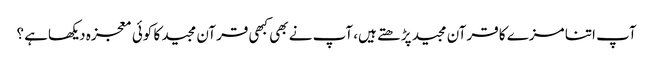
آپ اتنا مزے کا قرآن مجید پڑھتے ہیں، آپ نے بھی کبھی قرآن مجید کا کوئی معجزہ دیکھاہے ؟